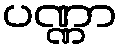
ပဏ္ဏာ